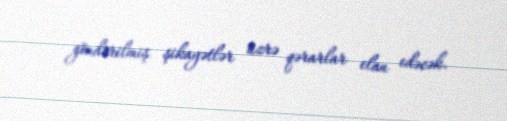
göndərilmiş şikayətlər üzrə qərarlar elan edəcək.